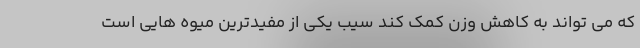
که می تواند به کاهش وزن کمک کند سیب یکی از مفیدترین میوه هایی است